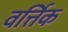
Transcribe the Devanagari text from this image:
वर्त्तिक